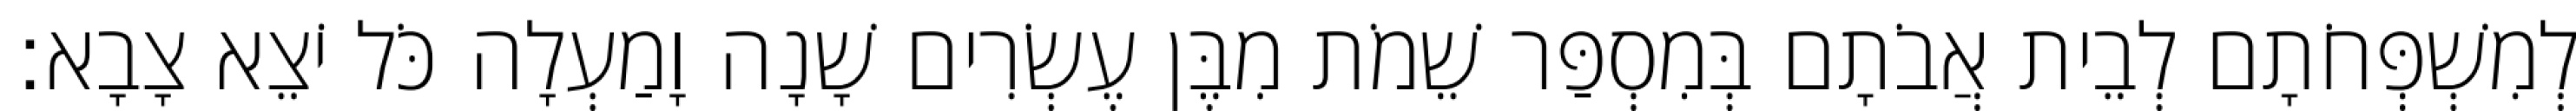
לְמִשְׁפְּחֹתָם לְבֵית אֲבֹתָם בְּמִסְפַּר שֵׁמֹת מִבֶּן עֶשְׂרִים שָׁנָה וָמַעְלָה כֹּל יֹצֵא צָבָא׃